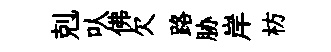
剋㕥佛欠路胁岸枋